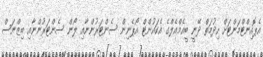
އެޕޮއިންޓްމަންޓަށް ހިދުމަތް ދޭނީ ބީއެމްއެލްގެ އެކައުންޓް އޯޕެނިން ސެންޓަރުންނާއި ލޯން ސެންޓަރުންނާއި ބިޒްނަސް